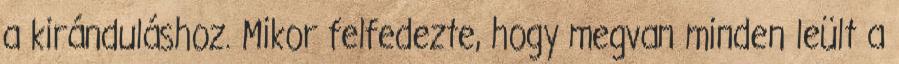
a kiránduláshoz. Mikor felfedezte, hogy megvan minden leült a